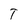
Character: T